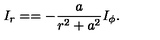
I _ { r } = = - \frac a { r ^ { 2 } + a ^ { 2 } } I _ { \phi } .